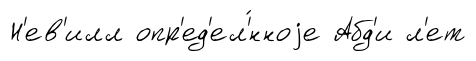
Н'ев'илл опр'ед'ел'́нноjе Абд'и л'ет